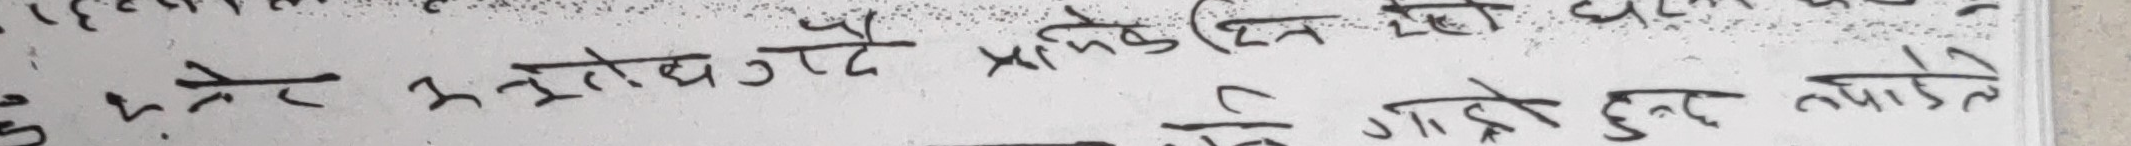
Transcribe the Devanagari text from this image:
मेरे अनुरोध गरे प्राप्तिका (दिन दे) चाल्न
गर्ने गाह्रो हुने तपाईले